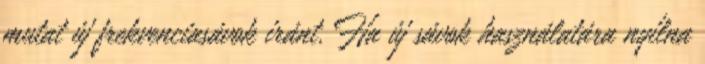
mutat új frekvenciasávok iránt. Ha új sávok használatára nyílna